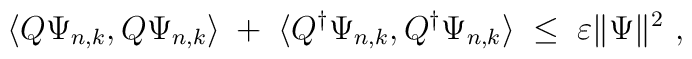
\langle Q\Psi_{n,k}, Q\Psi_{n,k}\rangle\;+\; \langle Q^\dagger\Psi_{n,k},Q^\dagger\Psi_{n,k}\rangle \;\leq\;\varepsilon\Vert\Psi\Vert^2 \ ,